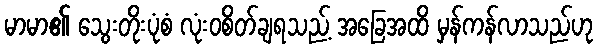
မာမာ၏ သွေးတိုးပုံစံ လုံးဝစိတ်ချရသည့် အခြေအထိ မှန်ကန်လာသည်ဟု